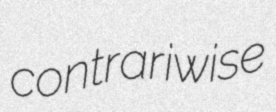
contrariwise